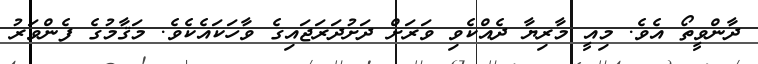
ދާންވީތޯ އެވެ. މިއީ މާރިޔާ ދެއްކެވި ވަރަށް ދަށުދަރަޖައިގެ ވާހަކައެކެވެ. މަޤާމުގެ ފެންވަރު